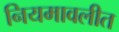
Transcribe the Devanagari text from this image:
नियमावलीत